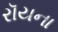
રૉયના